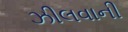
ઝીલવાની